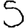
Digit: 5